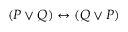
( P \lor Q ) \leftrightarrow ( Q \lor P )